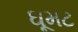
ઘૂમટ